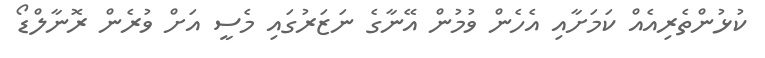
ކުޅުންތެރިއެއް ކަމަށާއި އެހެން ވުމުން އޭނާގެ ނަޒަރުގައި މެސީ އަށް ވުރެން ރޮނާލްޑޯ